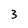
Character: 3